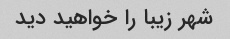
شهر زیبا را خواهید دید